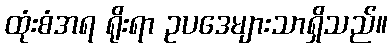
ထုံးစံအရ ရိုးရာ ဥပဒေများသာရှိသည်။